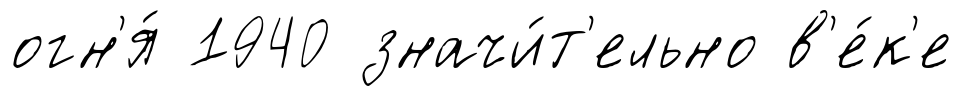
огн'я́ 1940 значи́т'ельно в'е́к'е